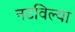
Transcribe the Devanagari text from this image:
नटविल्या